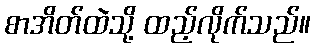
စာအိတ်ထဲသို့ ထည့်လိုက်သည်။